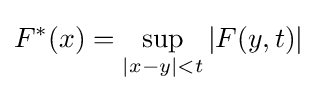
F^{*}(x)=\sup _{|x-y|<t}|F(y,t)|